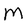
Character: M